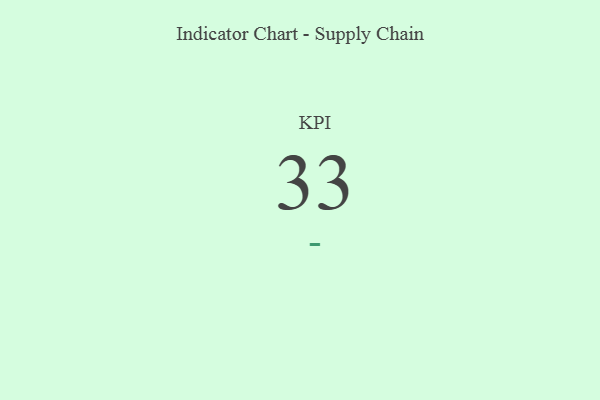
{"axis": {"x": "KPI", "y": "Value"}, "legend": [""], "data": [{"x": "KPI", "y": 33, "type": ""}]}